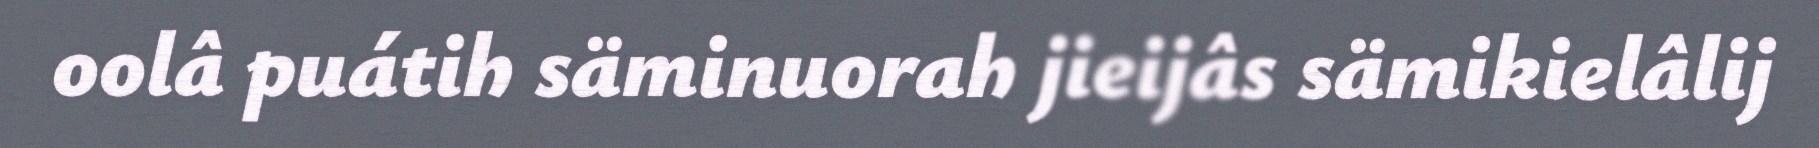
oolâ puátih säminuorah jieijâs sämikielâlij